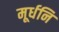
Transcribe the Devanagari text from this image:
मूर्धनि